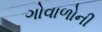
ગોવાળોની